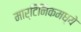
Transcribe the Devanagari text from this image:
मार्टिनिकमध्ये